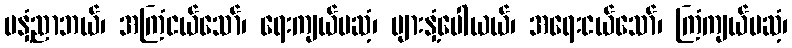
မနှံ့ညာဘယ်၊ အကြံငယ်သော်၊ ရေးကျယ်မဆံ့၊ များနှံ့ပေါယယ်၊ အရေးငယ်သော်၊ ကြံကျယ်မဆံ့၊